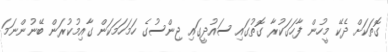
ގޮތަކަށް ދެކޭ މީހުން ފާހަގަކުރާ ގޮތުގައި ސައުދީގައި ޖިންސުގެ ހަމަހަމަކަން ގާއިމުކުރަން ބޭނުންނަމަ